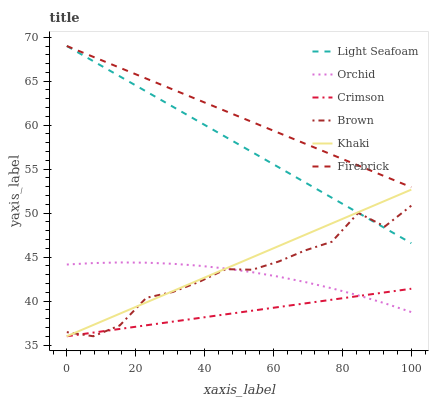
| xaxis_label | Light Seafoam | Orchid | Crimson | Brown | Khaki | Firebrick |
 | --- | --- | --- | --- | --- | --- | --- |
 | 0 | 69 | 44.2 | 36 | 36.5 | 36 | 69 |
 | 7.69 | 67.3 | 44.3 | 36.4 | 36 | 37.3 | 67.8 |
 | 15.4 | 65.6 | 44.4 | 36.8 | 37.2 | 38.6 | 66.5 |
 | 23.1 | 63.8 | 44.4 | 37.2 | 40.4 | 39.8 | 65.3 |
 | 30.8 | 62.1 | 44.2 | 37.7 | 41 | 41.1 | 64.1 |
 | 38.5 | 60.4 | 44 | 38.1 | 42.2 | 42.4 | 62.8 |
 | 46.2 | 58.7 | 43.7 | 38.5 | 43.6 | 43.7 | 61.6 |
 | 53.8 | 56.9 | 43.3 | 38.9 | 43.6 | 45 | 60.4 |
 | 61.5 | 55.2 | 42.8 | 39.3 | 44.5 | 46.3 | 59.1 |
 | 69.2 | 53.5 | 42.2 | 39.7 | 45.8 | 47.5 | 57.9 |
 | 76.9 | 51.8 | 41.5 | 40.2 | 46.7 | 48.8 | 56.7 |
 | 84.6 | 50 | 40.6 | 40.6 | 50 | 50.1 | 55.4 |
 | 92.3 | 48.3 | 39.7 | 41 | 48.5 | 51.4 | 54.2 |
 | 100 | 46.6 | 38.7 | 41.4 | 50.8 | 52.7 | 52.9 |